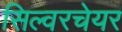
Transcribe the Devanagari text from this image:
सिल्वरचेयर